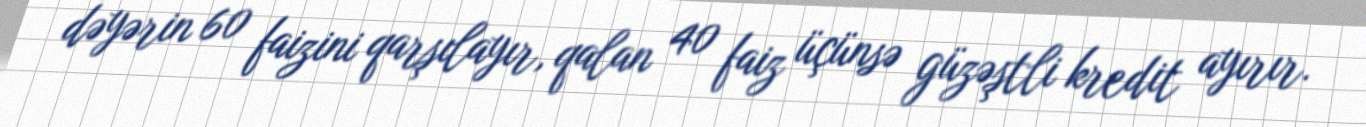
dəyərin 60 faizini qarşılayır, qalan 40 faiz üçünsə güzəştli kredit ayırır.